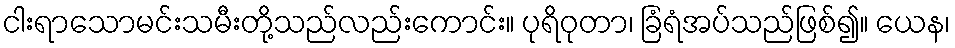
ငါးရာသောမင်းသမီးတို့သည်လည်းကောင်း။ ပုရိဝုတာ၊ ခြံရံအပ်သည်ဖြစ်၍။ ယေန၊